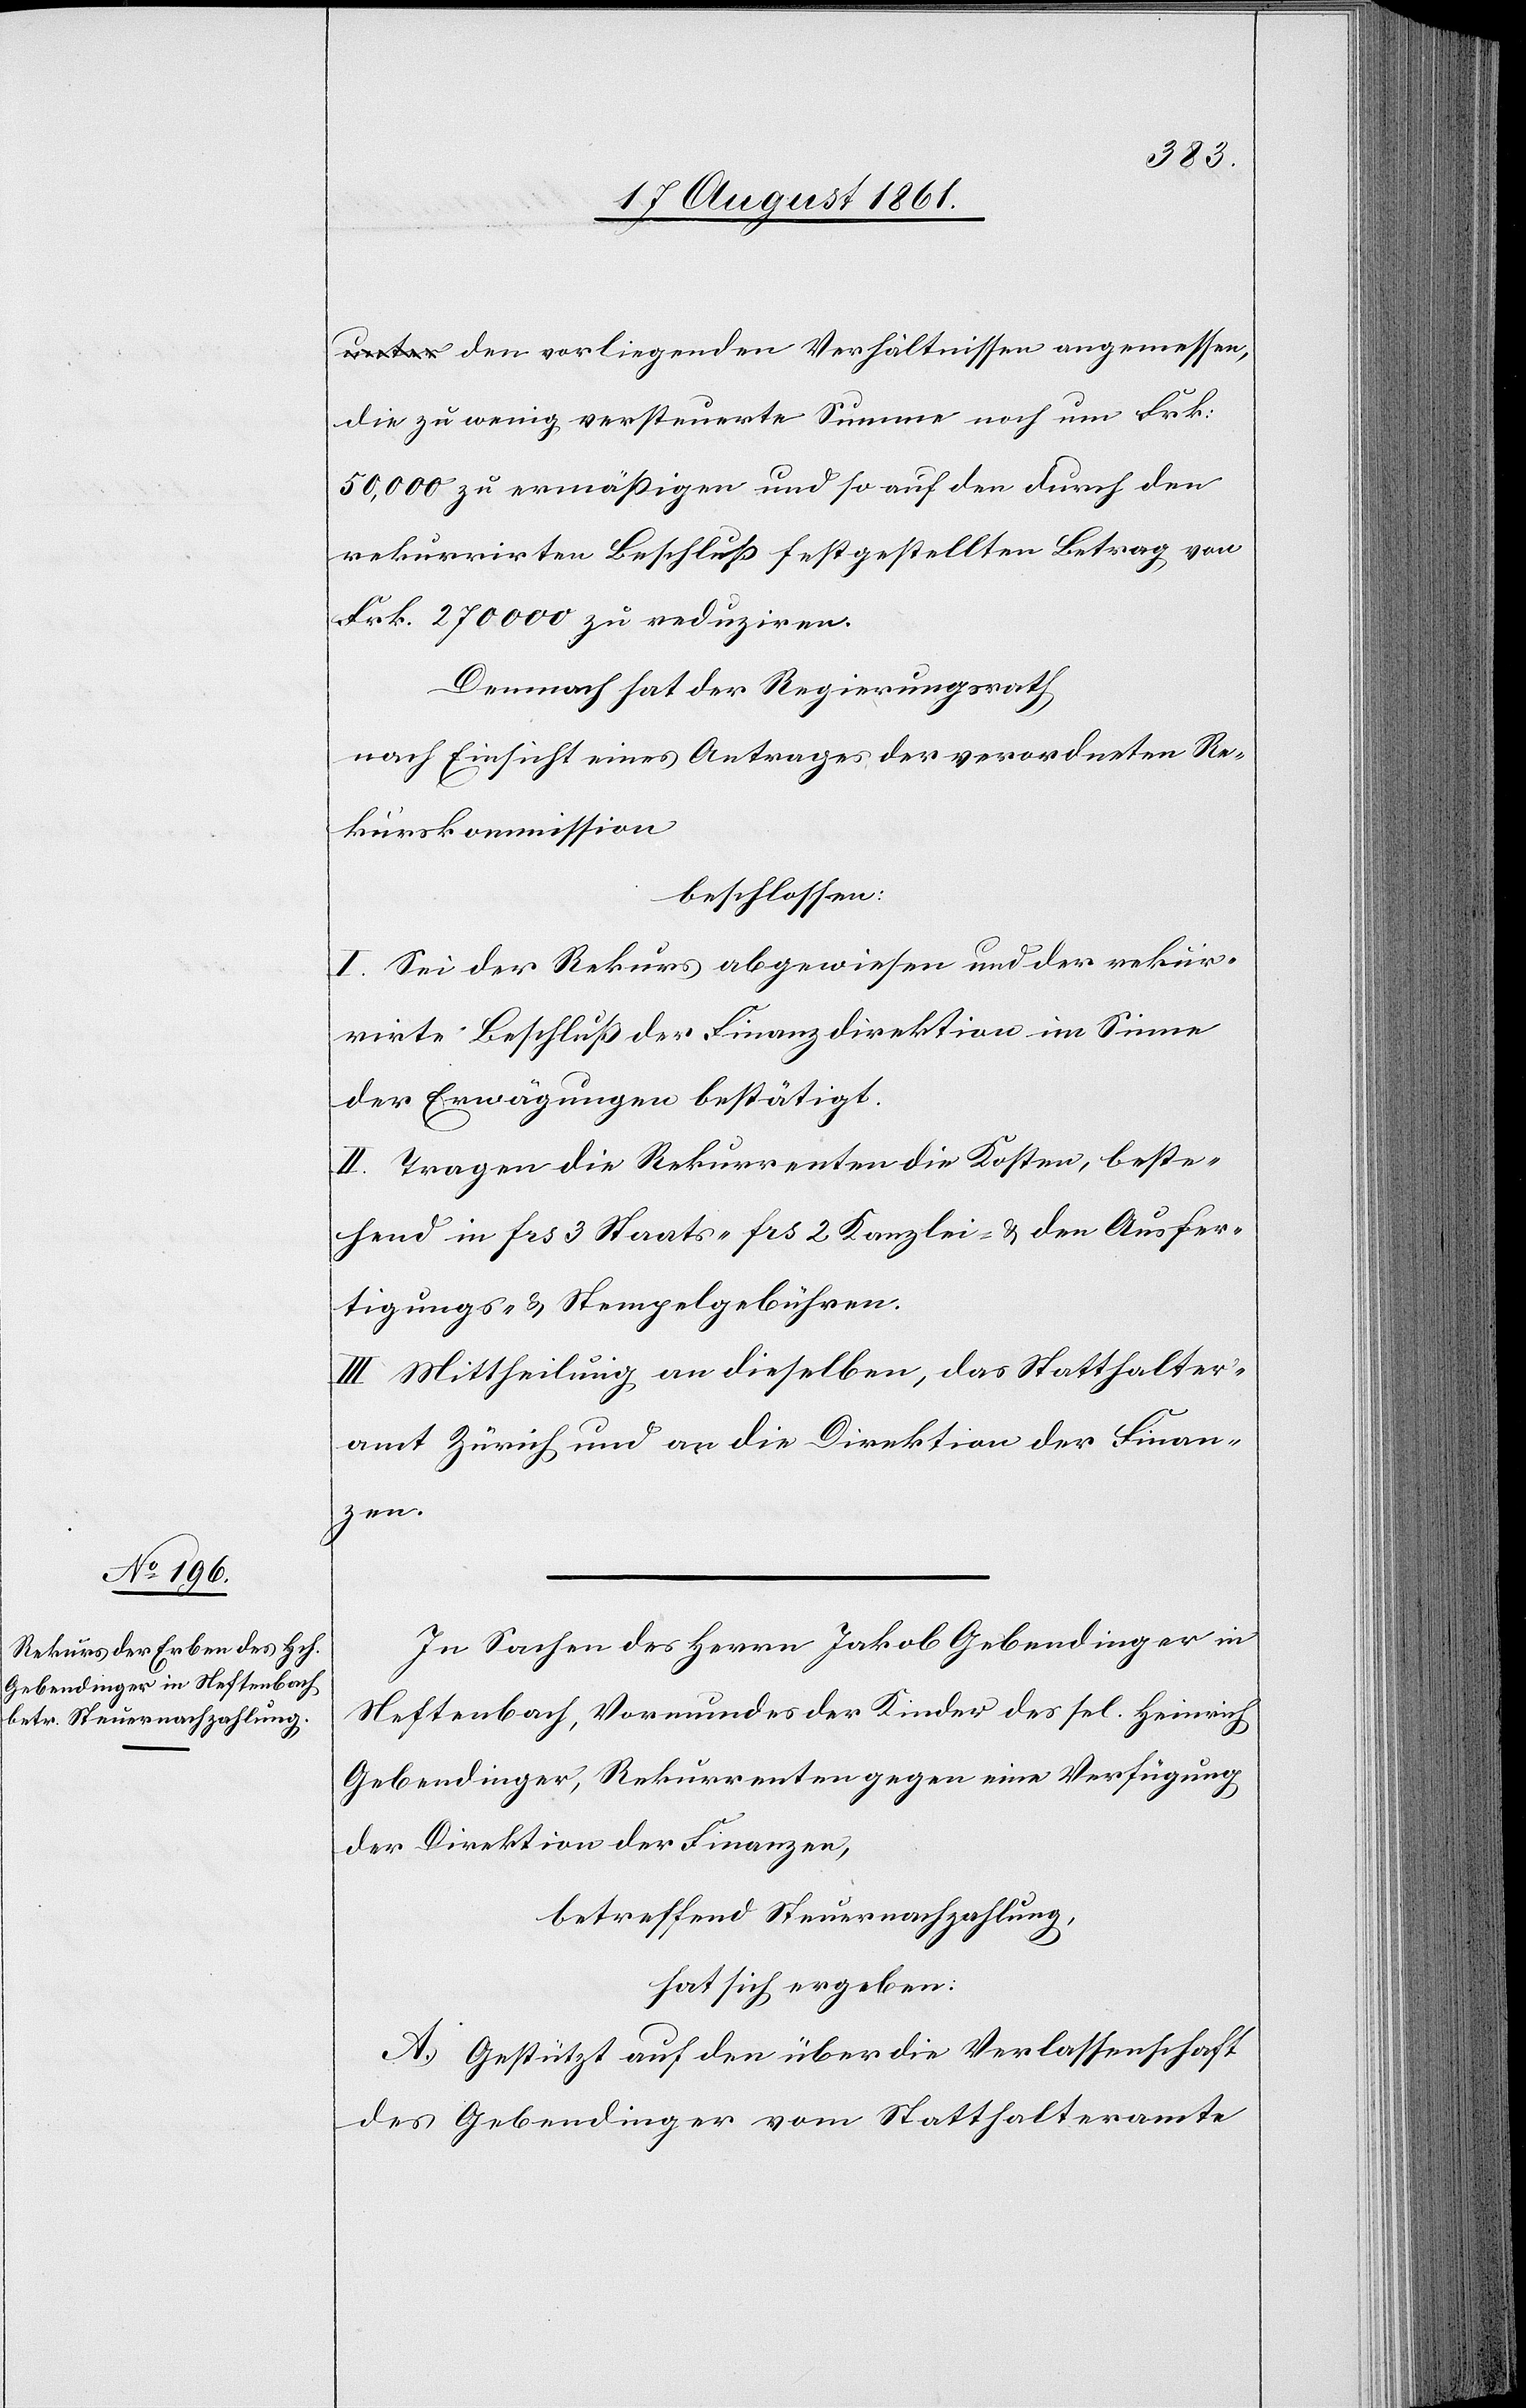
den vorliegenden Verhältnissen angemessen,
die zu wenig versteuerte Summe noch um Frk.
50,000 zu ermäßigen und so auf den durch den
rekurrirten Beschluß festgestellten Betrag von
Frk. 270000 zu reduziren.
Demnach hat der Regierungsrath,
nach Einsicht eines Antrages der verordneten Re¬
kurskommission,
beschlossen:
I. Sei der Rekurs abgewiesen und der rekur¬
rirte Beschluß der Finanzdirektion im Sinne
der Erwägungen bestätigt.
II. Tragen die Rekurrenten die Kosten, beste¬
hend in frs 3 Staats- frs 2 Kanzlei- u. den Ausfer¬
tigungs- u. Stempelgebühren.
III. Mittheilung an dieselben, das Statthalter¬
amt Zürich und an die Direktion der Finan¬
zen.
In Sachen des Herrn Jakob Gebendinger in
Neftenbach, Vormundes der Kinder des sel. Heinrich
Gebendinger, Rekurrenten gegen eine Verfügung
der Direktion der Finanzen,
betreffend Steuernachzahlung,
hat sich ergeben:
A. Gestützt auf den über die Verlassenschaft
des Gebendinger vom Statthalteramte